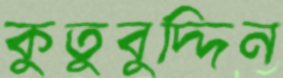
কুতুবুদ্দিন